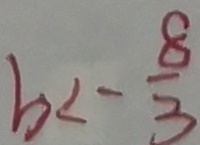
b < - \frac { 8 } { 3 }